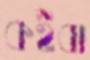
কইবা